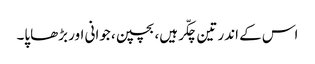
اس کے اندر تین چکّر ہیں، بچپن، جوانی اور بڑھاپا۔